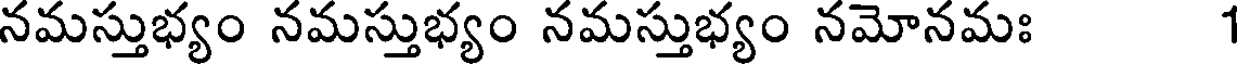
నమస్తుభ్యం నమస్తుభ్యం నమస్తుభ్యం నమోనమః 1